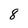
Character: 8